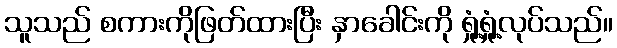
သူသည် စကားကိုဖြတ်ထားပြီး နှာခေါင်းကို ရှုံ့ရှုံ့လုပ်သည်။